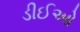
ડીઈઓ